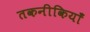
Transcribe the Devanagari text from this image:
तकनीकियाँ